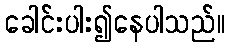
ခေါင်းပါး၍နေပါသည်။